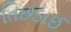
તિછડાઈ